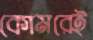
কোমরেই